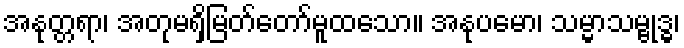
အနုတ္တရာ၊ အတုမရှိမြတ်တော်မူထသော။ အနုပမော၊ သမ္မာသမ္ဗုဒ္ဓ၊